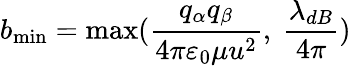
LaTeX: {{b}_{\operatorname*{min}}}=\operatorname*{max}(\frac{{{q}_{\alpha}}{{q}_{\beta}}}{4\pi{{\varepsilon}_{0}}\mu{{u}^{2}}},\ \frac{{{\lambda}_{dB}}}{4\pi})